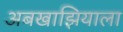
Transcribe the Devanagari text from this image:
अबखाझियाला